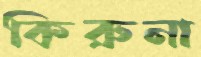
কিরুনা